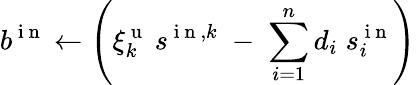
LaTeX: b^{\mathrm{~i~n~}}\gets\left(\xi_{k}^{\mathrm{~u~}}\: s^{\mathrm{~i~n~},k}\; -\; \sum_{i=1}^{n}d_{i}\; s_{i}^{\mathrm{~i~n~}}\right)